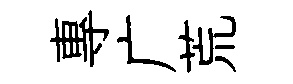
專广荒